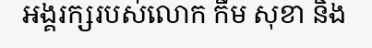
អង្គរក្សរបស់លោក កឹម សុខា និង